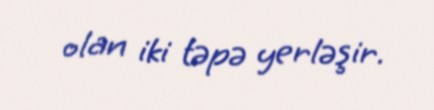
olan iki təpə yerləşir.